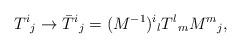
LaTeX: \begin{align*}T^{i}{}_{j} \rightarrow\bar{T}^{i}{}_{j} = (M^{-1})^{i}{}_{l} T^{l}{}_{m} M^{m}{}_{j},\end{align*}